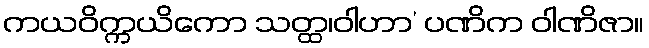
ကယဝိက္ကယိကော သတ္ထ၊ဝါဟာ’ ပဏိက ဝါဏိဇာ။